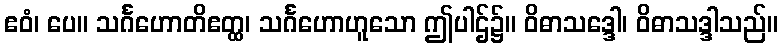
ဧဝံ၊ ပေ။ သင်္ဂဟောတိဧတ္ထ၊ သင်္ဂဟောဟူသော ဤပါဌ်၌။ ဝိဓာသဒ္ဒေါ၊ ဝိဓာသဒ္ဒါသည်။